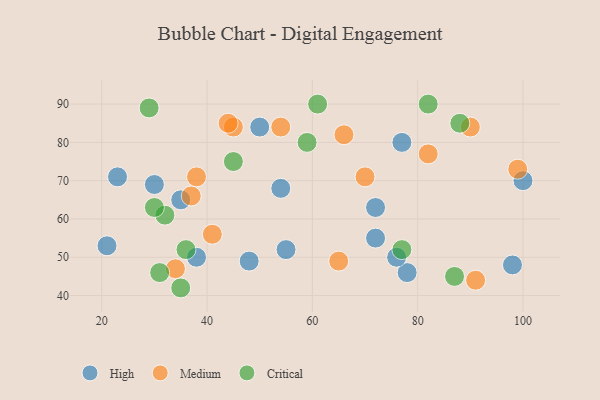
{"axis": {"x": "GDP", "y": "Life Expectancy"}, "legend": ["Critical", "High", "Medium"], "data": [{"x": "21", "y": 53, "type": "High"}, {"x": "78", "y": 46, "type": "High"}, {"x": "77", "y": 80, "type": "High"}, {"x": "23", "y": 71, "type": "High"}, {"x": "35", "y": 65, "type": "High"}, {"x": "98", "y": 48, "type": "High"}, {"x": "72", "y": 63, "type": "High"}, {"x": "54", "y": 68, "type": "High"}, {"x": "55", "y": 52, "type": "High"}, {"x": "100", "y": 70, "type": "High"}, {"x": "76", "y": 50, "type": "High"}, {"x": "72", "y": 55, "type": "High"}, {"x": "50", "y": 84, "type": "High"}, {"x": "30", "y": 69, "type": "High"}, {"x": "38", "y": 50, "type": "High"}, {"x": "48", "y": 49, "type": "High"}, {"x": "45", "y": 84, "type": "Medium"}, {"x": "54", "y": 84, "type": "Medium"}, {"x": "70", "y": 71, "type": "Medium"}, {"x": "99", "y": 73, "type": "Medium"}, {"x": "44", "y": 85, "type": "Medium"}, {"x": "41", "y": 56, "type": "Medium"}, {"x": "82", "y": 77, "type": "Medium"}, {"x": "65", "y": 49, "type": "Medium"}, {"x": "91", "y": 44, "type": "Medium"}, {"x": "90", "y": 84, "type": "Medium"}, {"x": "38", "y": 71, "type": "Medium"}, {"x": "34", "y": 47, "type": "Medium"}, {"x": "66", "y": 82, "type": "Medium"}, {"x": "37", "y": 66, "type": "Medium"}, {"x": "45", "y": 75, "type": "Critical"}, {"x": "31", "y": 46, "type": "Critical"}, {"x": "82", "y": 90, "type": "Critical"}, {"x": "88", "y": 85, "type": "Critical"}, {"x": "32", "y": 61, "type": "Critical"}, {"x": "29", "y": 89, "type": "Critical"}, {"x": "87", "y": 45, "type": "Critical"}, {"x": "77", "y": 52, "type": "Critical"}, {"x": "30", "y": 63, "type": "Critical"}, {"x": "61", "y": 90, "type": "Critical"}, {"x": "36", "y": 52, "type": "Critical"}, {"x": "35", "y": 42, "type": "Critical"}, {"x": "59", "y": 80, "type": "Critical"}]}